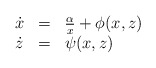
\begin{align*} \begin{array}{lll} \dot{x} & = & \frac{\alpha}{x}+ \phi(x,z) \\ \dot{z} & = & \psi(x,z) \end{array}\end{align*}